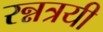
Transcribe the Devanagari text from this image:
रन्नत्रयी